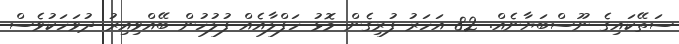
ސަތޭކައިގެ ނޫސްބަޔާނެއް. 82 އަހަރު ފުރިގެން މޮޅު ހަފްލާއެއް ފުލުހުން ބޭއްވިއިރު ދުވަހަކުވެސް